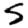
Digit: 5